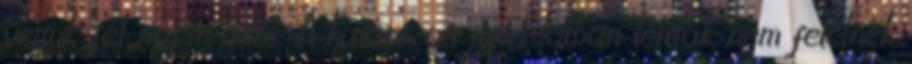
vettük fel napirendre. A határozati javaslatban leírtak nem felelnek